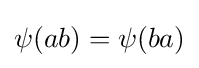
\psi (ab)=\psi (ba)